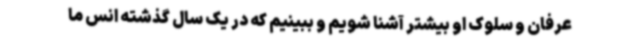
عرفان و سلوک او بیشتر آشنا شویم و ببینیم که در یک سال گذشته انس ما